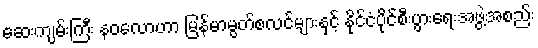
ဆေးကျမ်းကြီး နဝလောဟာ မြန်မာမွတ်စလင်များနှင့် နိုင်ငံပိုင်စီးပွားရေးအဖွဲ့အစည်း